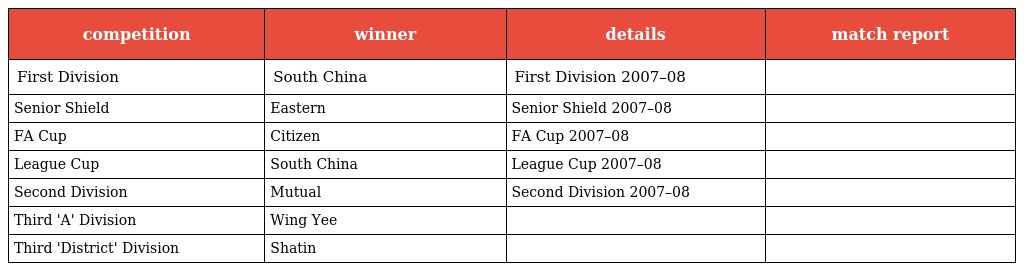
| competition | winner | details | match report |
 | --- | --- | --- | --- |
 | First Division | South China | First Division 2007–08 |  |
 | Senior Shield | Eastern | Senior Shield 2007–08 |  |
 | FA Cup | Citizen | FA Cup 2007–08 |  |
 | League Cup | South China | League Cup 2007–08 |  |
 | Second Division | Mutual | Second Division 2007–08 |  |
 | Third 'A' Division | Wing Yee |  |  |
 | Third 'District' Division | Shatin |  |  |